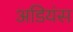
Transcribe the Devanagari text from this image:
अडियंस